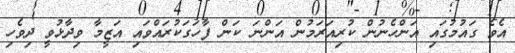
އެވެ ގައުމުގައި އަންހެނުން ކުރިއަރަމުން އަންނަ ކަން ފާހަގަކުރައްވައި އަޒީމާ ވިދާޅުވީ ދިވެހި